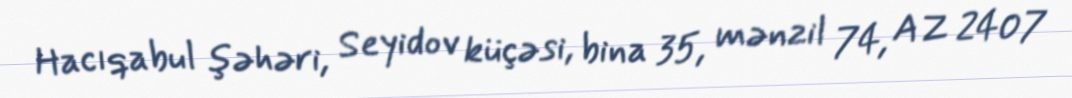
Hacıqabul şəhəri, Seyidov küçəsi, bina 35, mənzil 74, AZ 2407